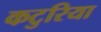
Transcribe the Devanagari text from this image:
कटुरिया